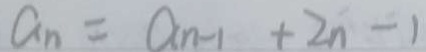
a _ { n } = a _ { n - 1 } + 2 n - 1